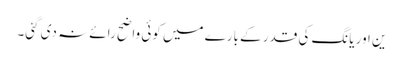
ین اور یانگ کی قدر کے بارے میں کوئی واضح رائے نہ دی گئی۔